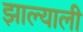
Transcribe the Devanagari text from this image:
झाल्याली